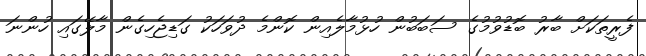
ފެރީތަކަށް ބާރު ބޮޑުވުމުގެ ސަބަބުން ހުޅުމާލެއިން ކޮންމެ ދުވަހަކު ގަޑިޖެހިގެން މާލޭގައި ހުންނަ